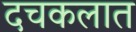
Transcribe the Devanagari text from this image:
दचकलात